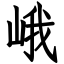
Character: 峨